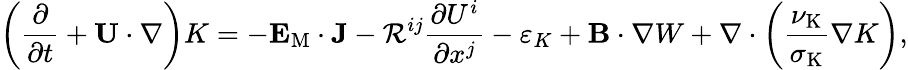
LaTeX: \left({\frac{\partial}{\partial t}+{\mathbf{U}}\cdot\nabla}\right)K=-{\mathbf{E}}_{\mathrm{{M}}}\cdot{\mathbf{J}}-{\cal{R}}^{ij}\frac{\partial U^{i}}{\partial x^{j}}-\varepsilon_{K}+{\mathbf{B}}\cdot\nabla W+\nabla\cdot\left({\frac{\nu_{\mathrm{K}}}{\sigma_{\mathrm{{K}}}}\nabla K}\right),